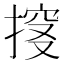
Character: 𰔏